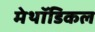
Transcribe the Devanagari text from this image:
मेथॉडिकल